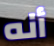
أنه